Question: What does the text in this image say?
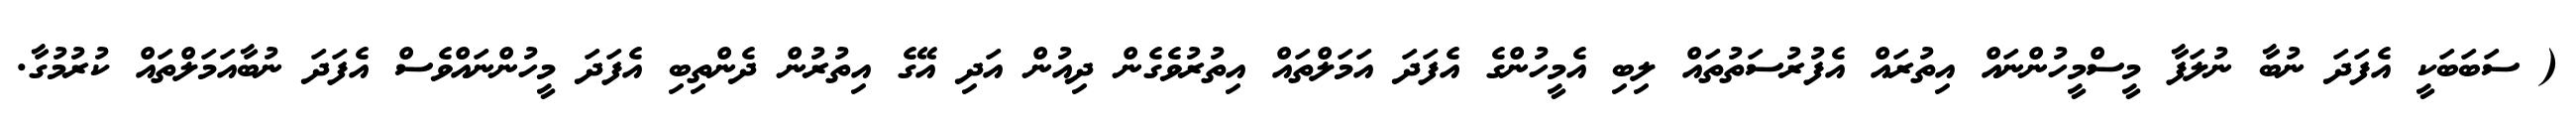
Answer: ( ސަބަބަކީ އެފަދަ ނުބާ ނުލަފާ މީސްމީހުންނައް އިތުރައް އެފުރުސަތުތައް ލިބި އެމީހުންގެ އެފަދަ އަމަލްތައް އިތުރުވެގެން ދިއުން އަދި އޭގެ އިތުރުން ދެންތިބި އެފަދަ މީހުންނައްވެސް އެފަދަ ނުބާއަމަލްތައް ކުރުމުގާ.